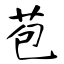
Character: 苞